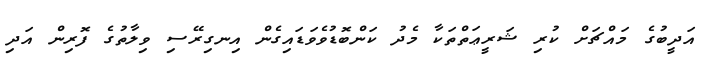
އަދީބުގެ މައްޗަށް ކުރި ޝަރީޢަތްތަކާ މެދު ކަންބޮޑުވެވަޑައިގެން އިނގިރޭސި ވިލާތުގެ ފޮރިން އަދި